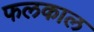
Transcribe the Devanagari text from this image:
फलकाल